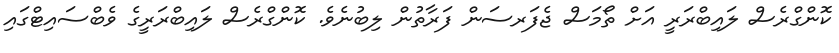
ކޮންގްރެސް ލައިބްރަރީ އަށް ތޯމަސް ޖެފަރސަން ފަރާތުން ލިބުނެވެ. ކޮންގްރެސް ލައިބްރަރީގެ ވެބްސައިޓްގައި